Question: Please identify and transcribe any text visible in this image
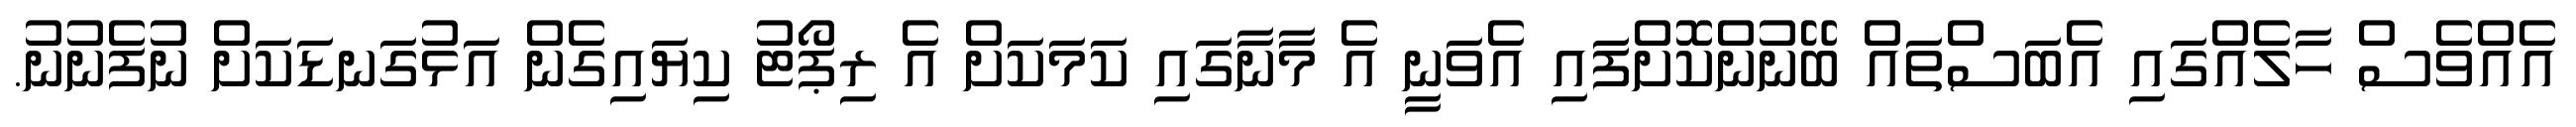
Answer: އެއްވެސް ހާލެއްގައި އެބަސްތައް ބޭނުންކޮށްފައި އެވަނީ އެ މާނާގައި ކަމަކަށް އެ ރިޕޯޓު ކިޔައިގެން އަޅުގަނޑަކަށް ނުފެނުނު.